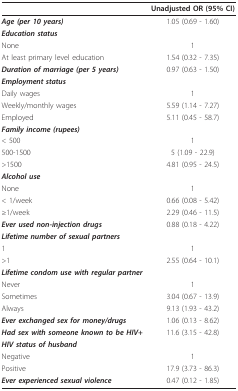
<table><thead><tr><td></td><td><b>Unadjusted OR (95% CI)</b></td></tr></thead><tbody><tr><td><i><b>Age (per 10 years)</b></i></td><td>1.05 (0.69 - 1.60)</td></tr><tr><td><i><b>Education status</b></i></td><td></td></tr><tr><td>None</td><td>1</td></tr><tr><td>At least primary level education</td><td>1.54 (0.32 - 7.35)</td></tr><tr><td><i><b>Duration of marriage (per 5 years)</b></i></td><td>0.97 (0.63 - 1.50)</td></tr><tr><td><i><b>Employment status</b></i></td><td></td></tr><tr><td>Daily wages</td><td>1</td></tr><tr><td>Weekly/monthly wages</td><td>5.59 (1.14 - 7.27)</td></tr><tr><td>Employed</td><td>5.11 (0.45 - 58.7)</td></tr><tr><td><i><b>Family income (rupees)</b></i></td><td></td></tr><tr><td>&lt; 500</td><td>1</td></tr><tr><td>500-1500</td><td>5 (1.09 - 22.9)</td></tr><tr><td>&gt;1500</td><td>4.81 (0.95 - 24.5)</td></tr><tr><td><i><b>Alcohol use</b></i></td><td></td></tr><tr><td>None</td><td>1</td></tr><tr><td>&lt; 1/week</td><td>0.66 (0.08 - 5.42)</td></tr><tr><td>≥1/week</td><td>2.29 (0.46 - 11.5)</td></tr><tr><td><i><b>Ever used non-injection drugs</b></i></td><td>0.88 (0.18 - 4.22)</td></tr><tr><td><i><b>Lifetime number of sexual partners</b></i></td><td></td></tr><tr><td>1</td><td>1</td></tr><tr><td>&gt;1</td><td>2.55 (0.64 - 10.1)</td></tr><tr><td><i><b>Lifetime condom use with regular partner</b></i></td><td></td></tr><tr><td>Never</td><td>1</td></tr><tr><td>Sometimes</td><td>3.04 (0.67 - 13.9)</td></tr><tr><td>Always</td><td>9.13 (1.93 - 43.2)</td></tr><tr><td><i><b>Ever exchanged sex for money/drugs</b></i></td><td>1.06 (0.13 - 8.62)</td></tr><tr><td><i><b>Had sex with someone known to be HIV+</b></i></td><td>11.6 (3.15 - 42.8)</td></tr><tr><td><i><b>HIV status of husband</b></i></td><td></td></tr><tr><td>Negative</td><td>1</td></tr><tr><td>Positive</td><td>17.9 (3.73 - 86.3)</td></tr><tr><td><i><b>Ever experienced sexual violence</b></i></td><td>0.47 (0.12 - 1.85)</td></tr></tbody></table>